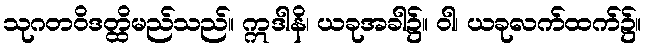
သုဂတဝိဒတ္ထိမည်သည်။ ဣဒါနိ၊ ယခုအခါ၌။ ဝါ၊ ယခုလက်ထက်၌။